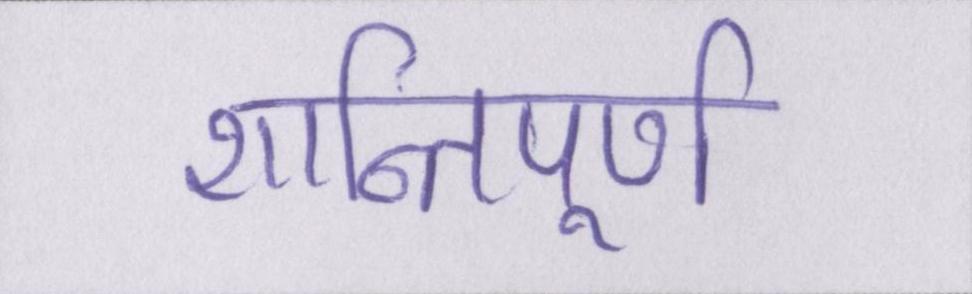
शान्तिपूर्ण